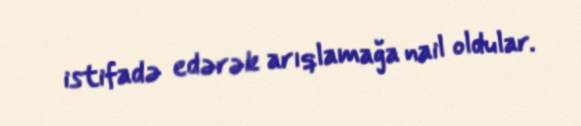
istifadə edərək arıqlamağa nail oldular.